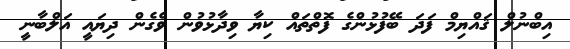
އިބްނުލް ޤައްޔިމް ފަދަ ބޭފުޅުންގެ ފޮތްތައް ކިޔާ ވިދާޅުވުން ވެގެން ދިޔައީ އަލްބާނީ